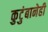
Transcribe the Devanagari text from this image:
कुटुंबानेही